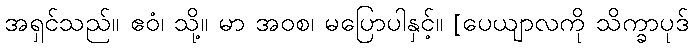
အရှင်သည်။ ဧဝံ၊ သို့။ မာ အဝစ၊ မပြောပါနှင့်။ [ပေယျာလကို သိက္ခာပုဒ်